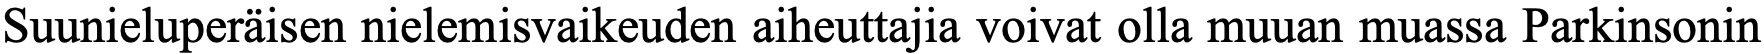
Suunieluperäisen nielemisvaikeuden aiheuttajia voivat olla muuan muassa Parkinsonin